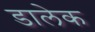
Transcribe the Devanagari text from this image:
डालेक